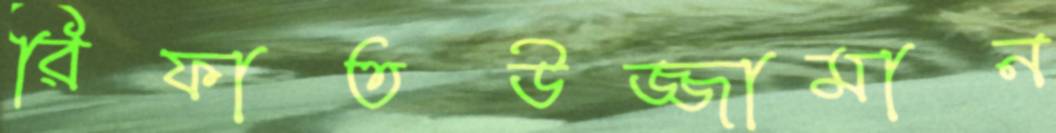
রিফাতউজ্জামান